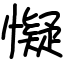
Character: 懝